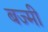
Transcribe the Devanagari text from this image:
बज्मी